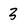
Character: 3